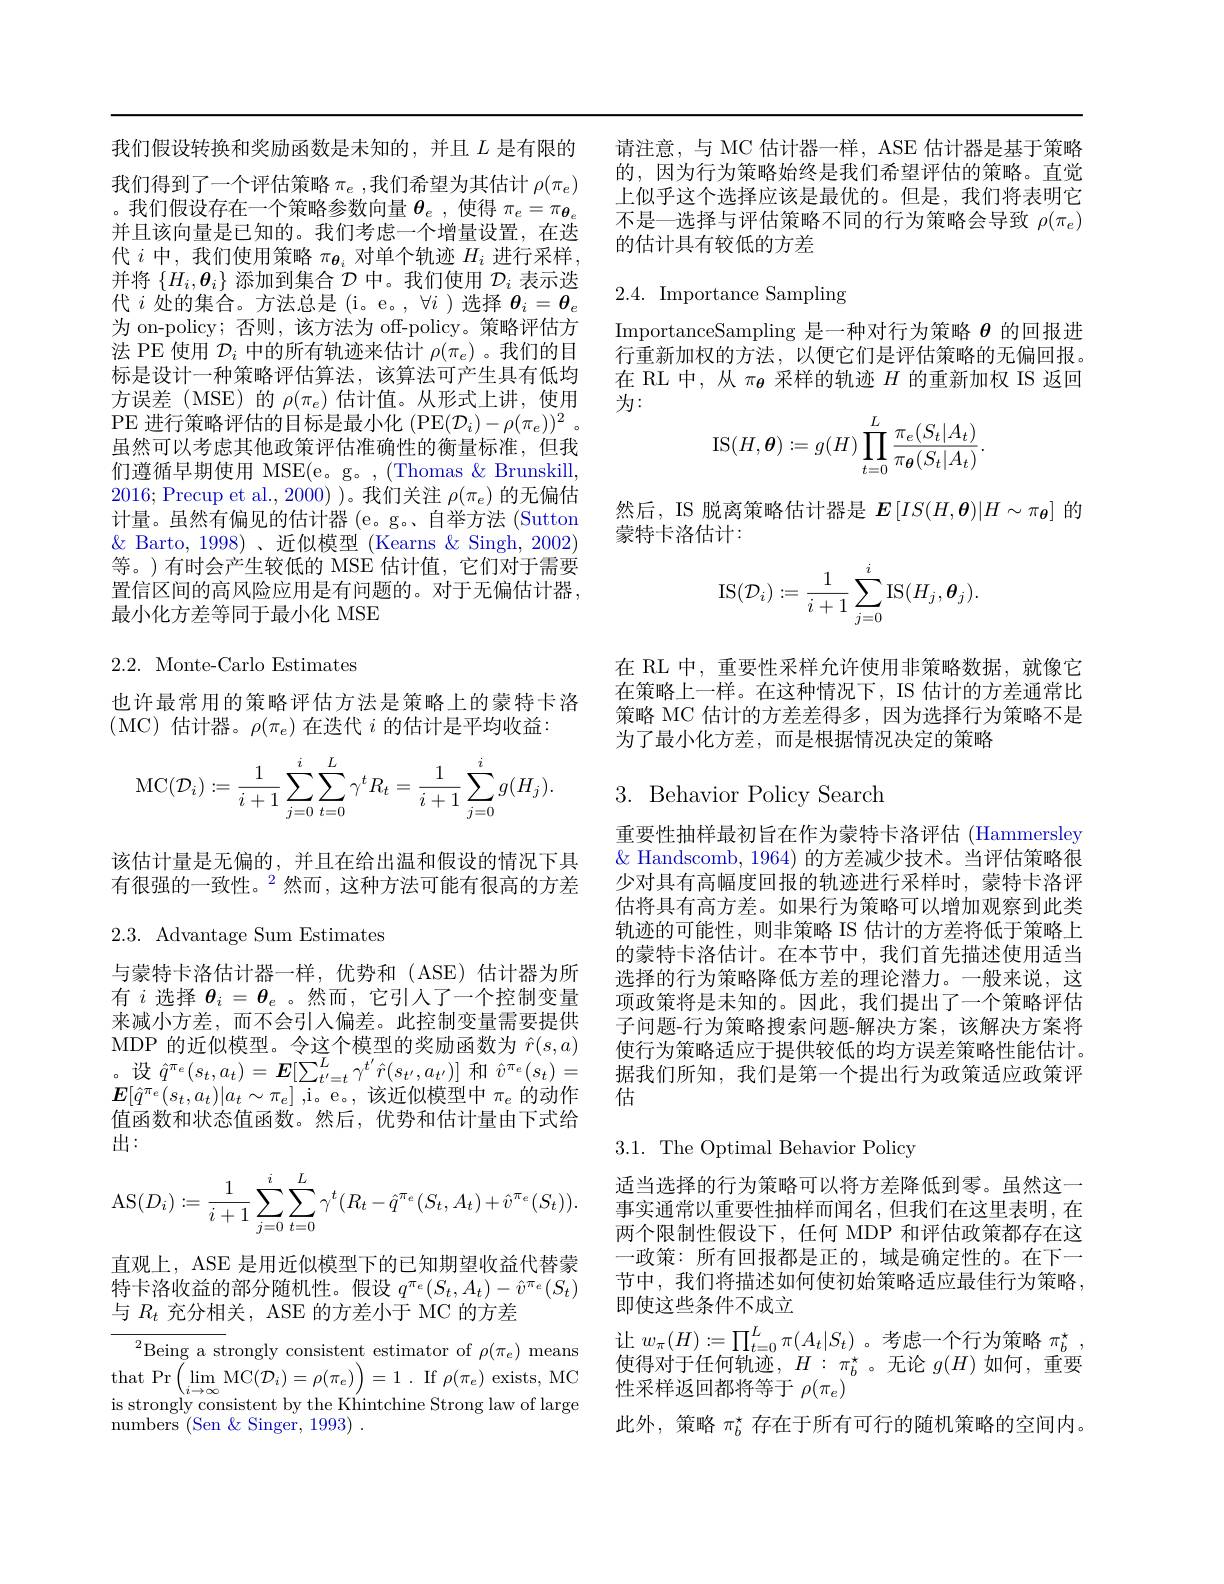
我们假设转换和奖励函数是未知的，并且$L$是有限的我们得到了一个评估策略 $\pi_e$,我们希望为其估计 $\rho(\pi_e)$ 。我们假设存在一个策略参数向量$\theta_e$,使得$\pi_e=\pi_{\boldsymbol{\theta}_e}$ 并且该向量是已知的。我们考虑一个增量设置，在迭代$i$中，我们使用策略$\pi_{\boldsymbol{\theta}_i}$对单个轨迹$H_i$进行采样， 并将$\{H_i,\boldsymbol{\theta}_i\}$添加到集合$\mathcal{D}$中。我们使用$\mathcal{D}_i$表示迭代$i$处的集合。方法总是(i。e。,$\forall i$ )选择$\theta_i=\theta_e$ 为 on-policy; 否则，该方法为 off-policy。策略评估方法 PE 使用$\mathcal{D}_i$中的所有轨迹来估计$\rho(\pi_e)$ 。我们的目标是设计一种策略评估算法，该算法可产生具有低均方误差(MSE)的$\rho(\pi_e)$估计值。从形式上讲，使用PE 进行策略评估的目标是最小化 (PE$( \mathcal{D} _i) - \rho ( \pi _e) ) ^2$ 。虽然可以考虑其他政策评估准确性的衡量标准，但我们遵循早期使用 MSE(e。g。,(Thomas & Brunskill, 2016; Precup et al., 2000) )。我们关注$\rho(\pi_e)$的无偏估计量。虽然有偏见的估计器(e。g。自举方法 (Sutton $\&$ Barto, 1998)、近似模型 (Kearns & Singh, 2002) 等。)有时会产生较低的 MSE 估计值，它们对于需要置信区间的高风险应用是有问题的。对于无偏估计器， 最小化方差等同于最小化 MSE

2.2. Monte-Carlo Estimates

也许最常用的策略评估方法是策略上的蒙特卡洛
(MC)估计器。$\rho(\pi_e)$在迭代$i$的估计是平均收益：
$$\mathrm{MC}(\mathcal{D}_{i}):=\frac{1}{i+1}\sum_{j=0}^{i}\sum_{t=0}^{L}\gamma^{t}R_{t}=\frac{1}{i+1}\sum_{j=0}^{i}g(H_{j}).$$
该估计量是无偏的，并且在给出温和假设的情况下具有很强的一致性。$^{2}$然而，这种方法可能有很高的方差

$2.3.{\mathrm{~Advantage~Sum~Estimates}}$

与蒙特卡洛估计器一样，优势和(ASE)估计器为所有$i$选择$\theta_i=\boldsymbol{\theta}_e$ 。然而，它引人了一个控制变量来减小方差，而不会引人偏差。此控制变量需要提供$\boldsymbol{E}[\hat{q}^{\pi_{e}}(s_{t},a_{t})|a_{t}\sim\pi_{e}]$ ,i。e。, 该近似模型中$\pi_e$的动作值函数和状态值函数。然后，优势和估计量由下式给出：
$$\mathrm{AS}(D_i):=\frac{1}{i+1}\sum_{j=0}^{i}\sum_{t=0}^{L}\gamma^t(R_t-\hat{q}^{\pi_e}(S_t,A_t)+\hat{v}^{\pi_e}(S_t)).$$
直观上，ASE 是用近似模型下的已知期望收益代替蒙特卡洛收益的部分随机性。假设$q^{\pi_e}(S_t,A_t)-\hat{v}^{\pi_e}(S_t)$ 与$R_{t}$充分相关，ASE 的方差小于 MC 的方差

$^{2}$Being a strongly consistent estimator of $\rho(\pi_e)$ means $\begin{array}{l}{\mathrm{that~Pr}\left(\lim_{i\to\infty}\mathrm{MC}(\mathcal{D}_{i})=\rho(\pi_{e})\right)=1\:.}&{\mathrm{If~}\rho(\pi_{e})\:\mathrm{exists,~MC}}\\{\mathrm{is~strongly~consistent~by~the~Khintchine~Strong~law~of~large}}\end{array}$ ${\mathrm{numbers~(Sen~\&~Singer,~1993)~.}}$

请注意，与 MC 估计器一样，ASE 估计器是基于策略的，因为行为策略始终是我们希望评估的策略。直觉上似乎这个选择应该是最优的。但是，我们将表明它不是一选择与评估策略不同的行为策略会导致$\rho(\pi_e)$ 的估计具有较低的方差

2.4. Importance Sampling

ImportanceSampling 是一种对行为策略$\theta$的回报进行重新加权的方法，以便它们是评估策略的无偏回报。在 RL 中，从$\pi_{\boldsymbol{\theta}}$采样的轨迹$H$的重新加权 IS 返回为：
$$\mathrm{IS}(H,\boldsymbol{\theta}):=g(H)\prod_{t=0}^L\frac{\pi_e(S_t|A_t)}{\pi_{\boldsymbol{\theta}}(S_t|A_t)}.$$
然后，IS 脱离策略估计器是 $\boldsymbol{E}\left[IS(H,\boldsymbol{\theta})|H\sim\pi_{\boldsymbol{\theta}}\right]$的
蒙特卡洛估计：
$$\mathrm{IS}(\mathcal{D}_i):=\frac{1}{i+1}\sum_{j=0}^i\mathrm{IS}(H_j,\boldsymbol{\theta}_j).$$
在 RL 中，重要性采样允许使用非策略数据，就像它在策略上一样。在这种情况下，IS 估计的方差通常比策略 MC 估计的方差差得多，因为选择行为策略不是为了最小化方差，而是根据情况决定的策略

3. Behavior Policy Search

重要性抽样最初旨在作为蒙特卡洛评估 (Hammersley $\&$ Handscomb, 1964) 的方差减少技术。当评估策略很少对具有高幅度回报的轨迹进行采样时，蒙特卡洛评估将具有高方差。如果行为策略可以增加观察到此类轨迹的可能性，则非策略 IS 估计的方差将低于策略上的蒙特卡洛估计。在本节中，我们首先描述使用适当选择的行为策略降低方差的理论潜力。一般来说，这项政策将是未知的。因此，我们提出了一个策略评估子问题-行为策略搜索问题-解决方案，该解决方案将
MDP 的 近 似 模 型 。令 这 个 模 型 的 奖 励 函 数 为 $\hat{r} ( s, a)$ 使 行 为 策 略 适 应 于 提 供 较 低 的 均 方 误 差 策 略 性 能 估 计 。。设 $\hat{q} ^{\pi _e}( s_t, a_t) = E[ \sum _{t^{\prime }= t}^L\gamma ^{t^{\prime }}\hat{r} ( s_{t^{\prime }}, a_{t^{\prime }}) ]$ 和 $\hat{v} ^{\pi _e}( s_t) =$ 据 我 们 所 知 , 我 们 是 第 一 个 提 出 行 为 政 策 适 应 政 策 评 。设 $\hat{q} ^{\pi _e}( s_t, a_t) = E[ \sum _{t^{\prime }= t}^L\gamma ^{t^{\prime }}\hat{r} ( s_{t^{\prime }}, a$
估

## 3.1. The Optimal Behavior Policy

适当选择的行为策略可以将方差降低到零。虽然这一事实通常以重要性抽样而闻名，但我们在这里表明，在两个限制性假设下，任何 MDP 和评估政策都存在这一政策：所有回报都是正的，域是确定性的。在下一节中，我们将描述如何使初始策略适应最佳行为策略， 即使这些条件不成立
让$w_\pi(H):=\prod_{t=0}^L\pi(A_t|S_t)$。考虑一个行为策略 $\pi_b^*$, 使得对于任何轨迹，$H:\pi_b^*$。无论$g(H)$如何，重要性采样返回都将等于$\rho(\pi_e)$
此外，策略$\pi_b^*$存在于所有可行的随机策略的空间内。